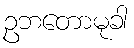
ဥဘတောမုခါ